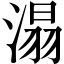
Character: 溻